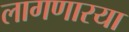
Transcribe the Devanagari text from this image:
लागणारया